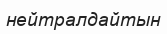
нейтралдайтын